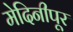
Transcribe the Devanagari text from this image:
मेदिनीपूर